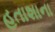
હતાશાના